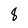
Character: 8